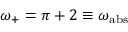
\omega _ { + } = \pi + 2 \equiv \omega _ { \mathrm { a b s } }